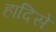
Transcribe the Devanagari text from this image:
हादिसे